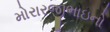
મોરારજીભાઇનો